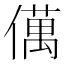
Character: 㒖